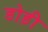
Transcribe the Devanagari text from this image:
डोड़ी